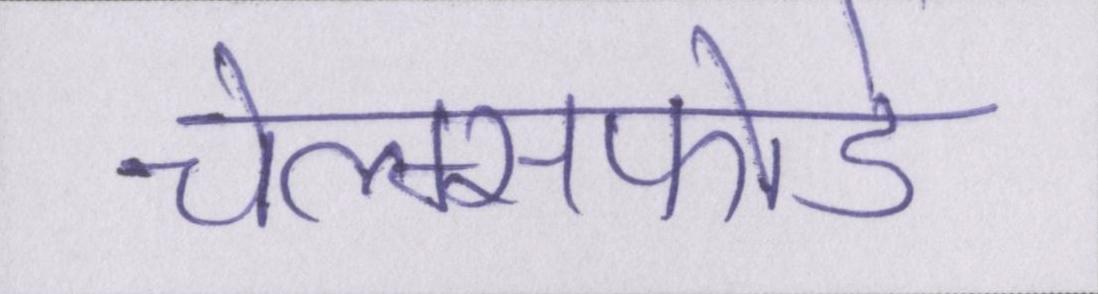
चेल्म्सफोर्ड